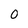
Character: 0